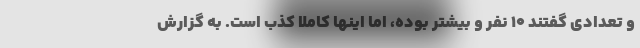
و تعدادی گفتند ۱۰ نفر و بیشتر بوده، اما اینها کاملا کذب است. به گزارش